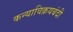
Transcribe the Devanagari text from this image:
कन्याविक्रयबंदी